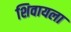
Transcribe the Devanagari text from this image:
शिवायला